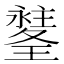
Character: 𤪉